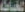
الخياطة